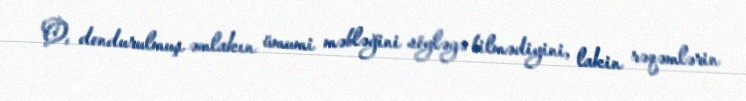
O, dondurulmuş əmlakın ümumi məbləğini söyləyə bilmədiyini, lakin rəqəmlərin